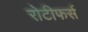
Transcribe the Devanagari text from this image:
रोटीफर्स